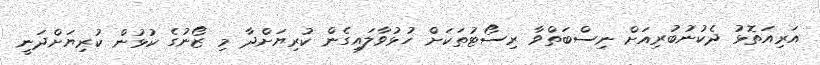
އަރިއަތޮޅު ދެކުނުބުރިއަށް ނިސްބަތްވާ ރިސޯޓުތަކަށް ހުޅުވާލައިގެން ކުރިޔަށްދާ މި ޒޯނުގެ ކުޅުން ކުރިޔަށްދަނީ